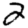
Digit: 2